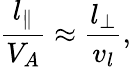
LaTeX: \frac{l_{\| }}{V_{A}}\approx\frac{l_{\perp}}{v_{l}},